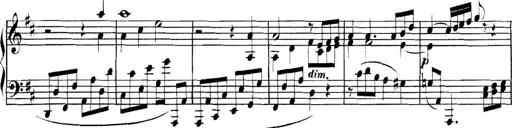
Title: Collected Piano Sonatas
Composer: Muzio Clementi